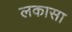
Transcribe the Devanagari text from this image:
लकासा